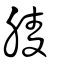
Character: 𦝄